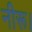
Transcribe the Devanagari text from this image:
नीरू।